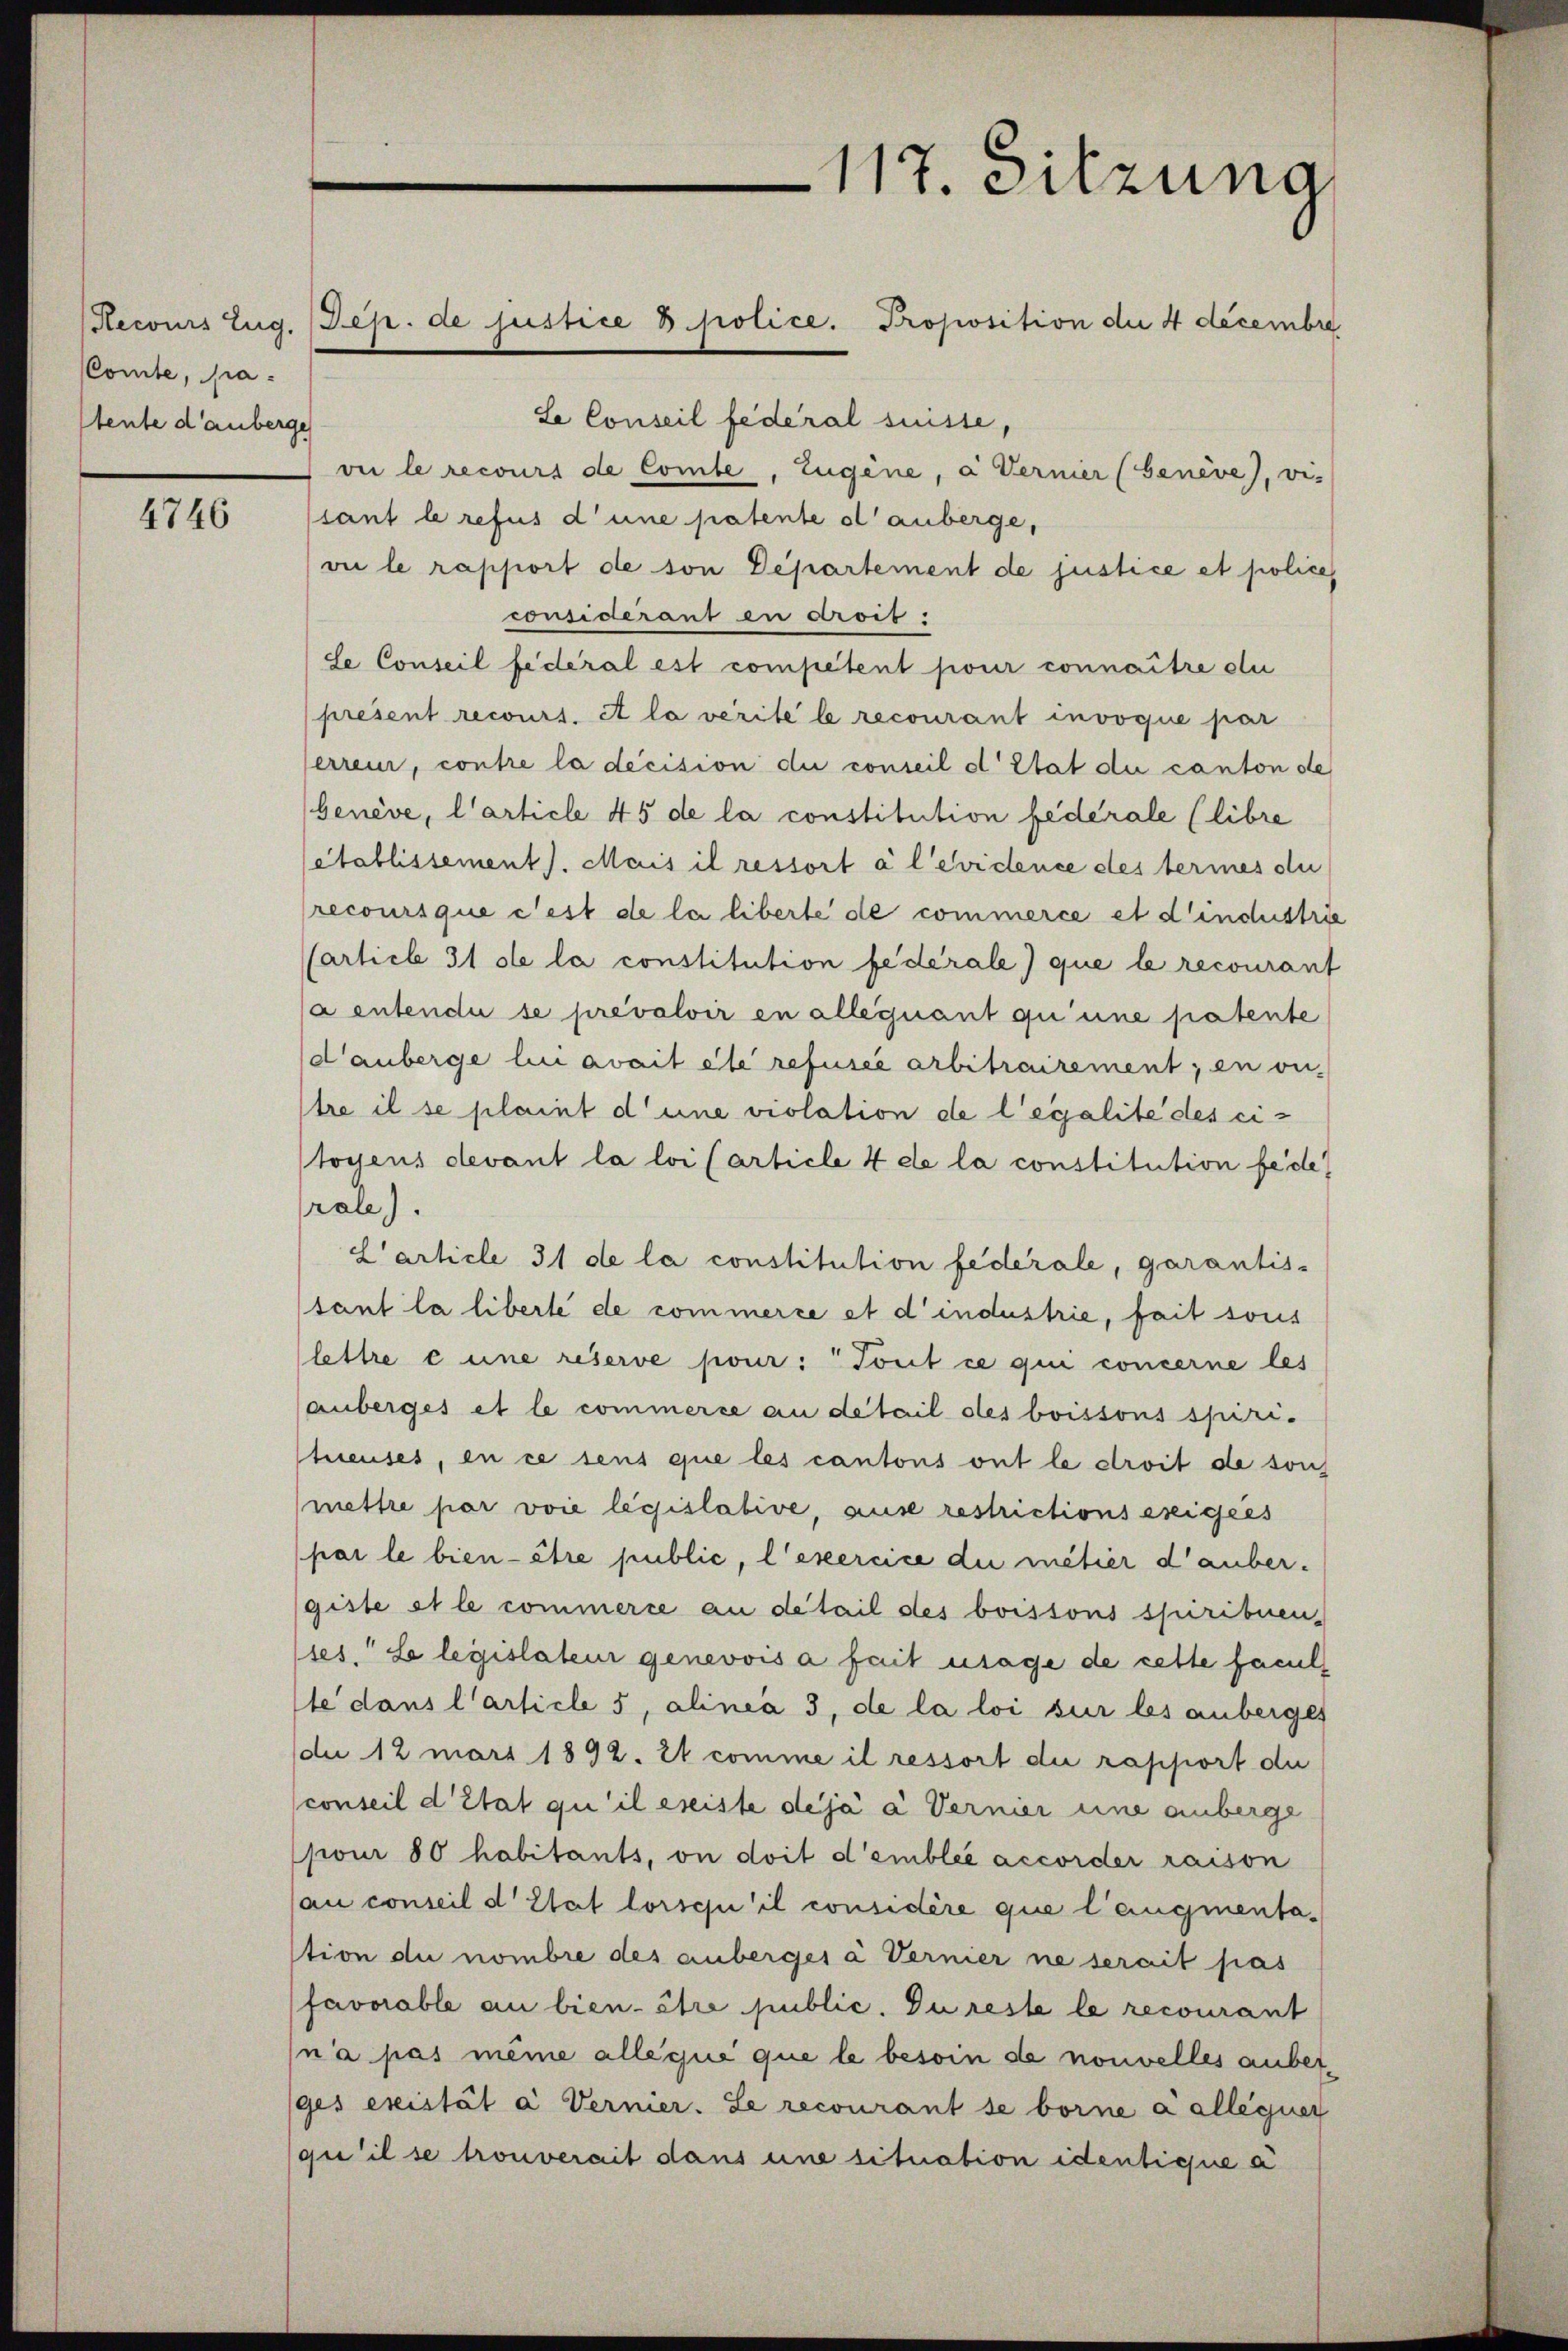
Comte, pa
stente d’anberges

4746

Le Conseil fédéral suisse,
vie le recours de Comte, Eugene, a Ferner (Genève, vie
sant le refus d’une patente ol anberge,
vie le rapport de son Departement de justice et policeconsiderant in arois:
se Conseil fédéral est competent pour connaitre du
present recours. A la verite le recourant invoque par
erren, contre la décision die conseil d’Etat du canton de
Genève, l’article 45 de la constitution federale (libre
établissement). Mais il ressort à l’évidence des termes du
recoursque c’est de la liberte de commerce et d’industrie
Carticle 31 de la constitution fédérale) que le recourant
a entende se prévaloir en alle quant qu’une patente
dauberge lui avait été refusée arbitrairement, en on-
stre il se plaint d’une violation de legalite des ci-
toyens devant la loi (article 4 de la constitution fede
rale).
L’article 31 de la constitution federale, garantissant la liberte de commerce et d’industrie, fait sous
lettre cune reserve pour: Tout ce qui concerne les
anberges et le commerce an detail des boissons spiri-
teuses, en ce sens que les cantons ont le droit de sons
mettre par voie legislative, ause restrictions exigées
(par le bien- être public, l’exercice du métier d’auber-
giste et le commerce an detail des boissons spiribuen,
ses. Le legislateur genevois a fait möge de cette facul
te dans l’article 5, alinea 3, de la loi sur les anberges
die 12 mars 1892. 2t comme il ressort die rapport du
conseil d’Etat qu’il ereiste déjà à Vernier eine anberge
pour 80 habitants, on doit d’emblée accorder raison
au conseil d’Etat lorsepi il considère que l’augmentastion du nombre des anberges à Vernier ne serait pas
favorable au bien- être public. Du reste le recourant
na pas même alle que que le besoin de nouvelles anbetges existat à Vernier. Le recourant se borne Kalléguer
qu’il se trouverait dans une situation identique a

(Secours Zug. (Gep. de justice B. police. Proposition die 4 decembre

117. Sitzung